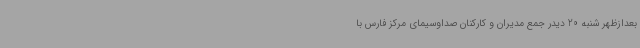
بعدازظهر شنبه 20 دیدر جمع مدیران و کارکنان صداوسیمای مرکز فارس با